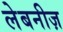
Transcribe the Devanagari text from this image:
लेबनीज़